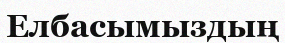
Елбасымыздың